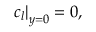
\left. c _ { l } \right| _ { y = 0 } = 0 ,